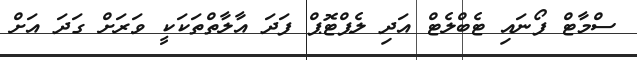
ސްމާޓް ފޯނައި ޓެބްލެޓް އަދި ލެޕްޓޮޕް ފަދަ އާލާތްތަކަކީ ވަރަށް ގަދަ އަށް